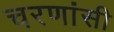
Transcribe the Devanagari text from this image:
चरणांसी